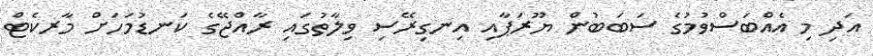
އަދި މި އެއްބަސްވުމުގެ ސަބަބުން ޔޫރަޕާއި އިނގިރޭސި ވިލާތުގައި ރާއްޖޭގެ ކަނޑުމަހަށް މާރކެޓް